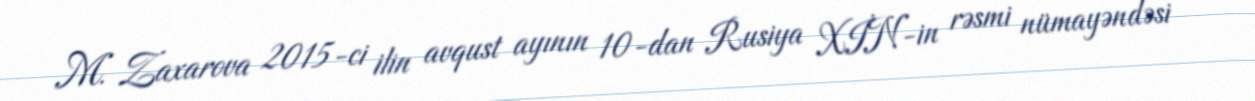
M. Zaxarova 2015-ci ilin avqust ayının 10-dan Rusiya XİN-in rəsmi nümayəndəsi